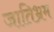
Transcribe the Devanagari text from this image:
जातिभ्रम